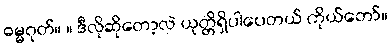
ဓမ္မဂုတ်။ ။ ဒီလိုဆိုတော့လဲ ယုတ္တိရှိပါပေတယ် ကိုယ်တော်။